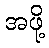
အဖို့